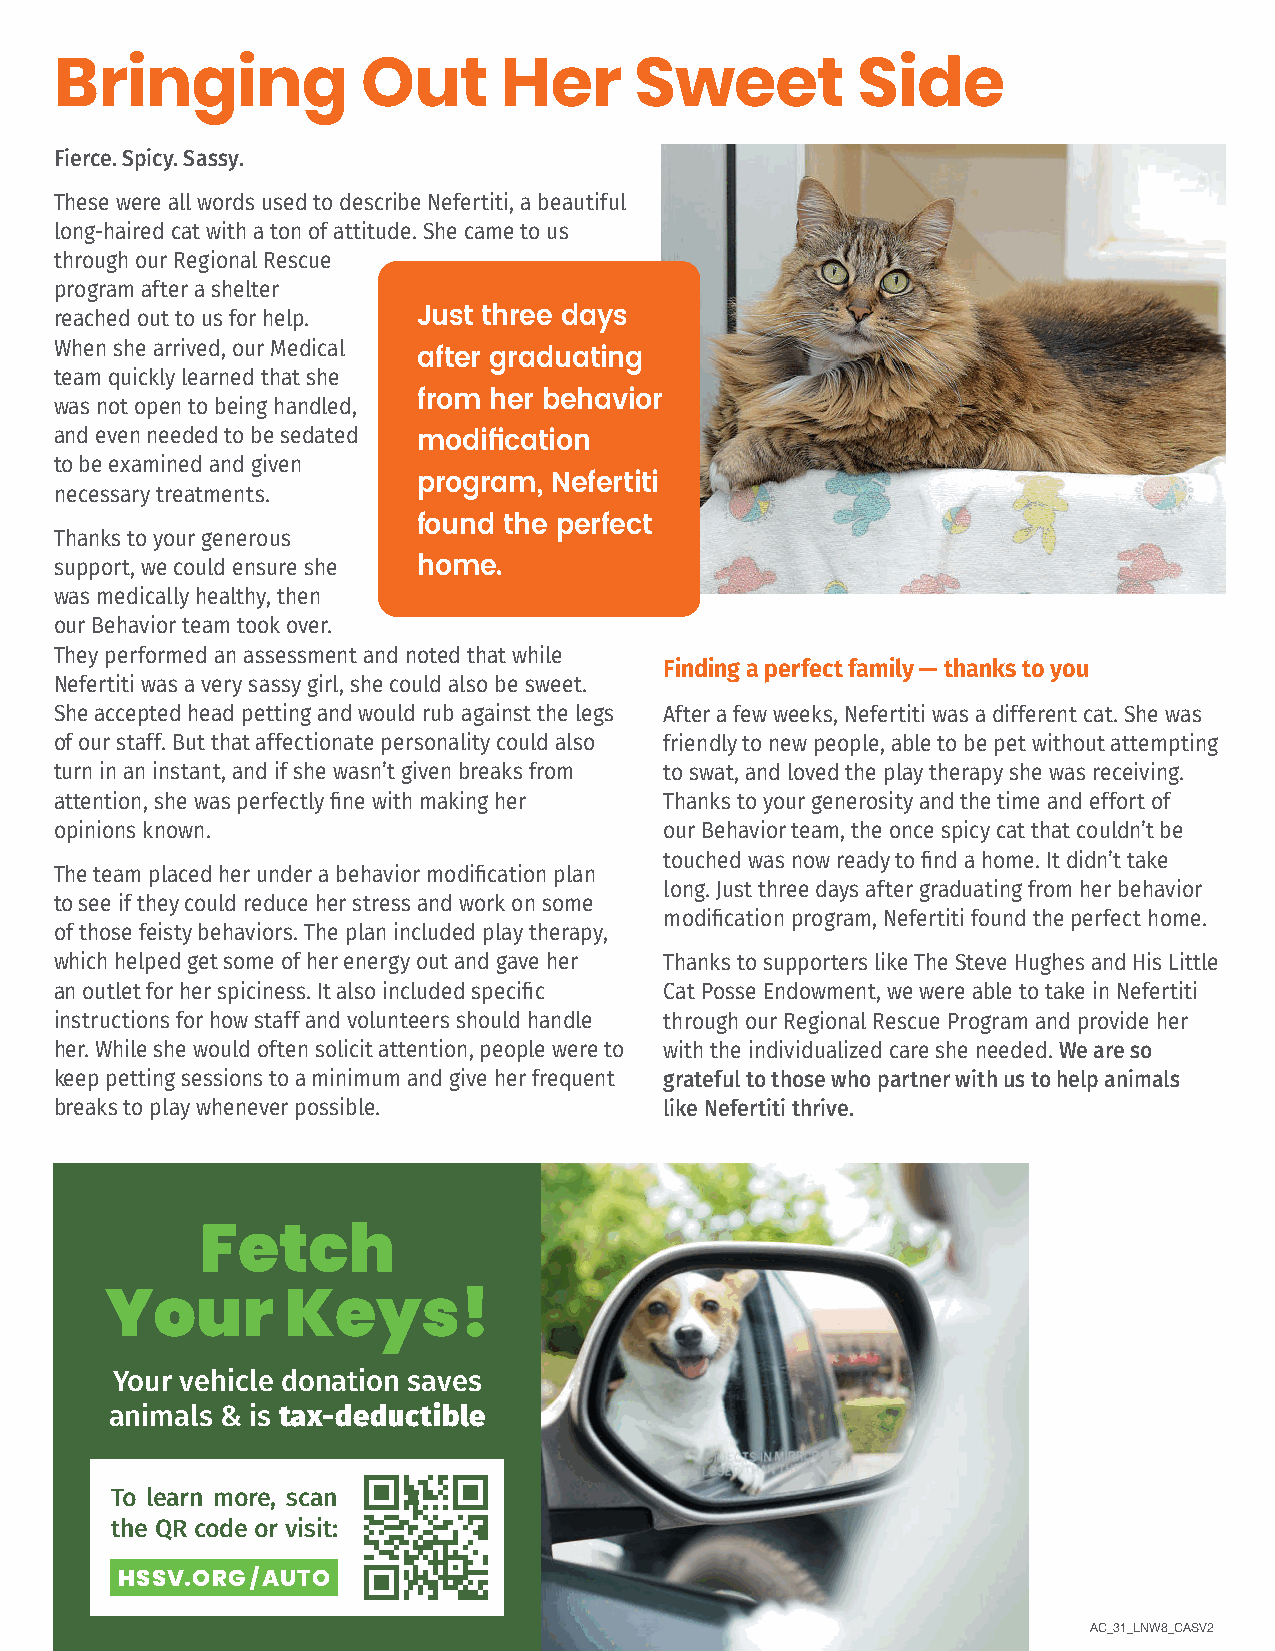
Bringing            Out      Her      Sweet          Side
 Fierce. Spicy. Sassy.
 These were all words used to describe Nefertiti, a beautiful
 long-haired cat with a ton of attitude. She came to us
 through our Regional Rescue
 program after a shelter
 Just three days
 reached out to us for help.
 When she arrived, our Medical after graduating
 team quickly learned that she
 from her behavior
 was not open to being handled,
 and even needed to be sedated
 modification
 to be examined and given
 program, Nefertiti
 necessary treatments.
 found the perfect
 Thanks to your generous
 support, we could ensure she home.
 was medically healthy, then
 our Behavior team took over.
 They performed an assessment and noted that while
 Finding a perfect family — thanks to you
 Nefertiti was a very sassy girl, she could also be sweet.
 She accepted head petting and would rub against the legs After a few weeks, Nefertiti was a different cat. She was
 of our staff. But that affectionate personality could also friendly to new people, able to be pet without attempting
 turn in an instant, and if she wasn’t given breaks from to swat, and loved the play therapy she was receiving.
 attention, she was perfectly fine with making her Thanks to your generosity and the time and effort of
 opinions known.                         our Behavior team, the once spicy cat that couldn’t be
 touched was now ready to find a home. It didn’t take
 The team placed her under a behavior modification plan
 long. Just three days after graduating from her behavior
 to see if they could reduce her stress and work on some
 modification program, Nefertiti found the perfect home.
 of those feisty behaviors. The plan included play therapy,
 which helped get some of her energy out and gave her Thanks to supporters like The Steve Hughes and His Little
 an outlet for her spiciness. It also included specific Cat Posse Endowment, we were able to take in Nefertiti
 instructions for how staff and volunteers should handle through our Regional Rescue Program and provide her
 her. While she would often solicit attention, people were to with the individualized care she needed. We are so
 keep petting sessions to a minimum and give her frequent grateful to those who partner with us to help animals
 breaks to play whenever possible.       like Nefertiti thrive.
 Fetch
 Your        Keys!
 Your vehicle donation saves
 animals & is tax-deductible
 To learn more, scan
 the QR code or visit:
 HSSV.ORG / AUTO
 8                                                                     AC_31_LNW8_CASV2